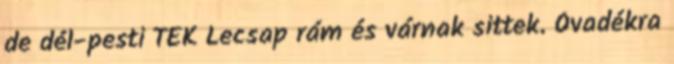
de dél-pesti TEK Lecsap rám és várnak sittek. Óvadékra